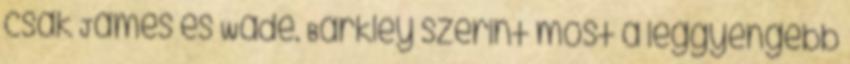
csak James és Wade. Barkley szerint most a leggyengébb